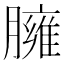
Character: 臃